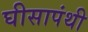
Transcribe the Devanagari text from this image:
घीसापंथी